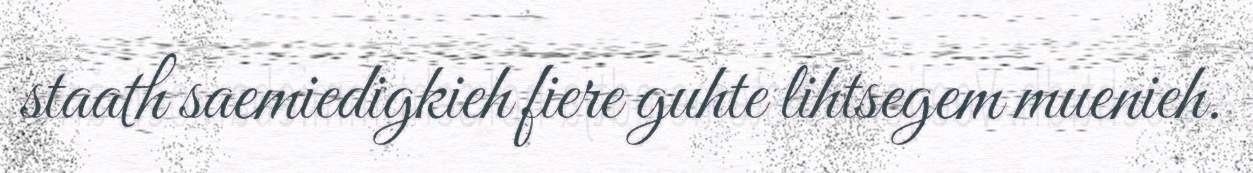
staath saemiedigkieh fiere guhte lihtsegem muenieh.